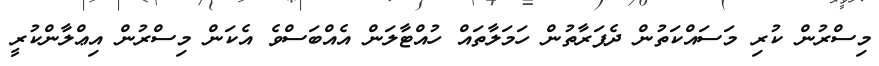
މިސްރުން ކުރި މަސައްކަތުން ދެފަރާތުން ހަމަލާތައް ހުއްޓާލަން އެއްބަސްވެ އެކަން މިސްރުން އިޢްލާންކުރީ